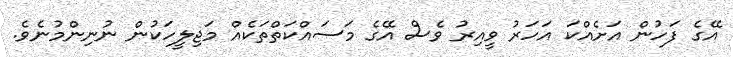
އޭގެ ފަހުން އަށެއްކަ އަހަރު ވީއިރު ވެސް އޭގެ މަސައްކަތްތަކެއް މަޖިލީހަކުން ނުނިންމުނެވެ.